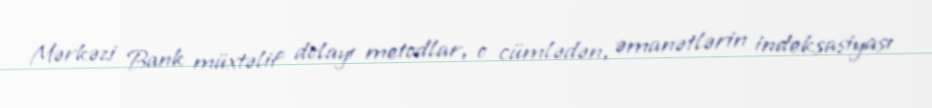
Mərkəzi Bank müxtəlif dolayı metodlar, o cümlədən, əmanətlərin indeksasiyası